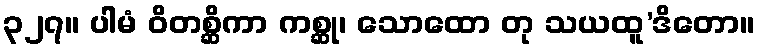
၃၂၇။ ပါမံ ဝိတစ္ဆိကာ ကစ္ဆု၊ သောထော တု သယထူ’ဒိတော။